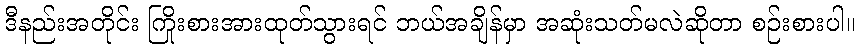
ဒီနည်းအတိုင်း ကြိုးစားအားထုတ်သွားရင် ဘယ်အချိန်မှာ အဆုံးသတ်မလဲဆိုတာ စဉ်းစားပါ။